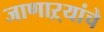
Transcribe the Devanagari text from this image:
जाणाऱ्यांचे